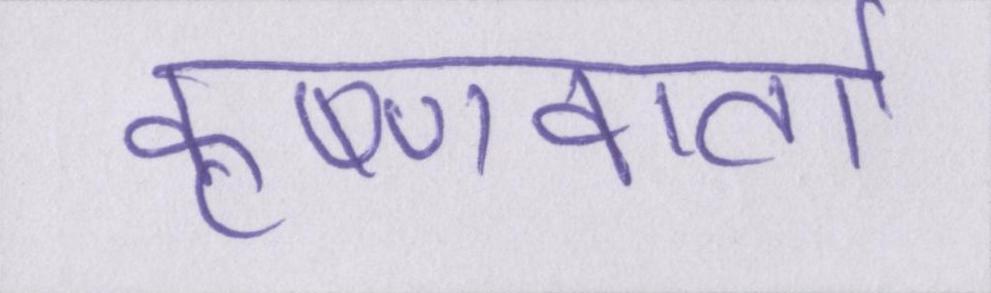
कृष्णवार्ता